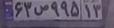
۶۳ص۹۹۵۱۳